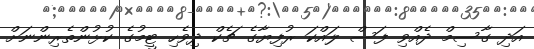
އަދި ގާސިމް ދެއްވި ފަސް ލައްކަ ރުފިޔާގެ ޗެކް ދިވެހި ޓީމުގެ ކުޅުންތެރިންނަށް